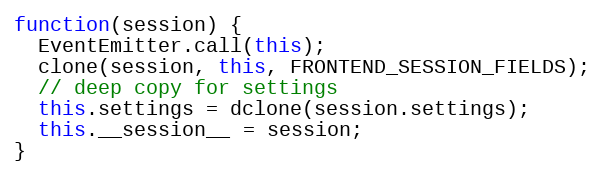
Language: JavaScript
function(session) {
  EventEmitter.call(this);
  clone(session, this, FRONTEND_SESSION_FIELDS);
  // deep copy for settings
  this.settings = dclone(session.settings);
  this.__session__ = session;
}